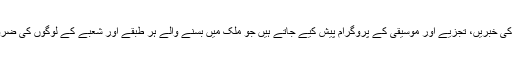
ان تمام ریڈیو چینلز پر ہر قسم کی خبریں، تجزیے اور موسیقی کے پروگرام پیش کیے جاتے ہیں جو ملک میں بسنے والے ہر طبقے اور شعبے کے لوگوں کی ضرورت طبع کو پورا کرتے ہیں ۔